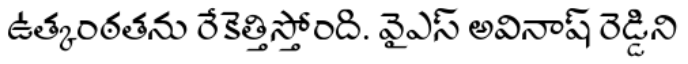
ఉత్కంఠతను రేకెత్తిస్తోంది. వైఎస్ అవినాష్ రెడ్డిని